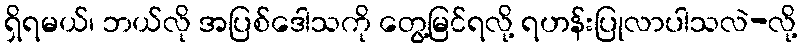
ရှိရမယ်၊ ဘယ်လို အပြစ်ဒေါသကို တွေ့မြင်ရလို့ ရဟန်းပြုလာပါသလဲ-လို့